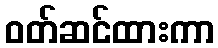
ဝတ်ဆင်ထားကာ